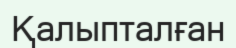
Қалыпталған